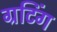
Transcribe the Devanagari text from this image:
ग्रटिंग